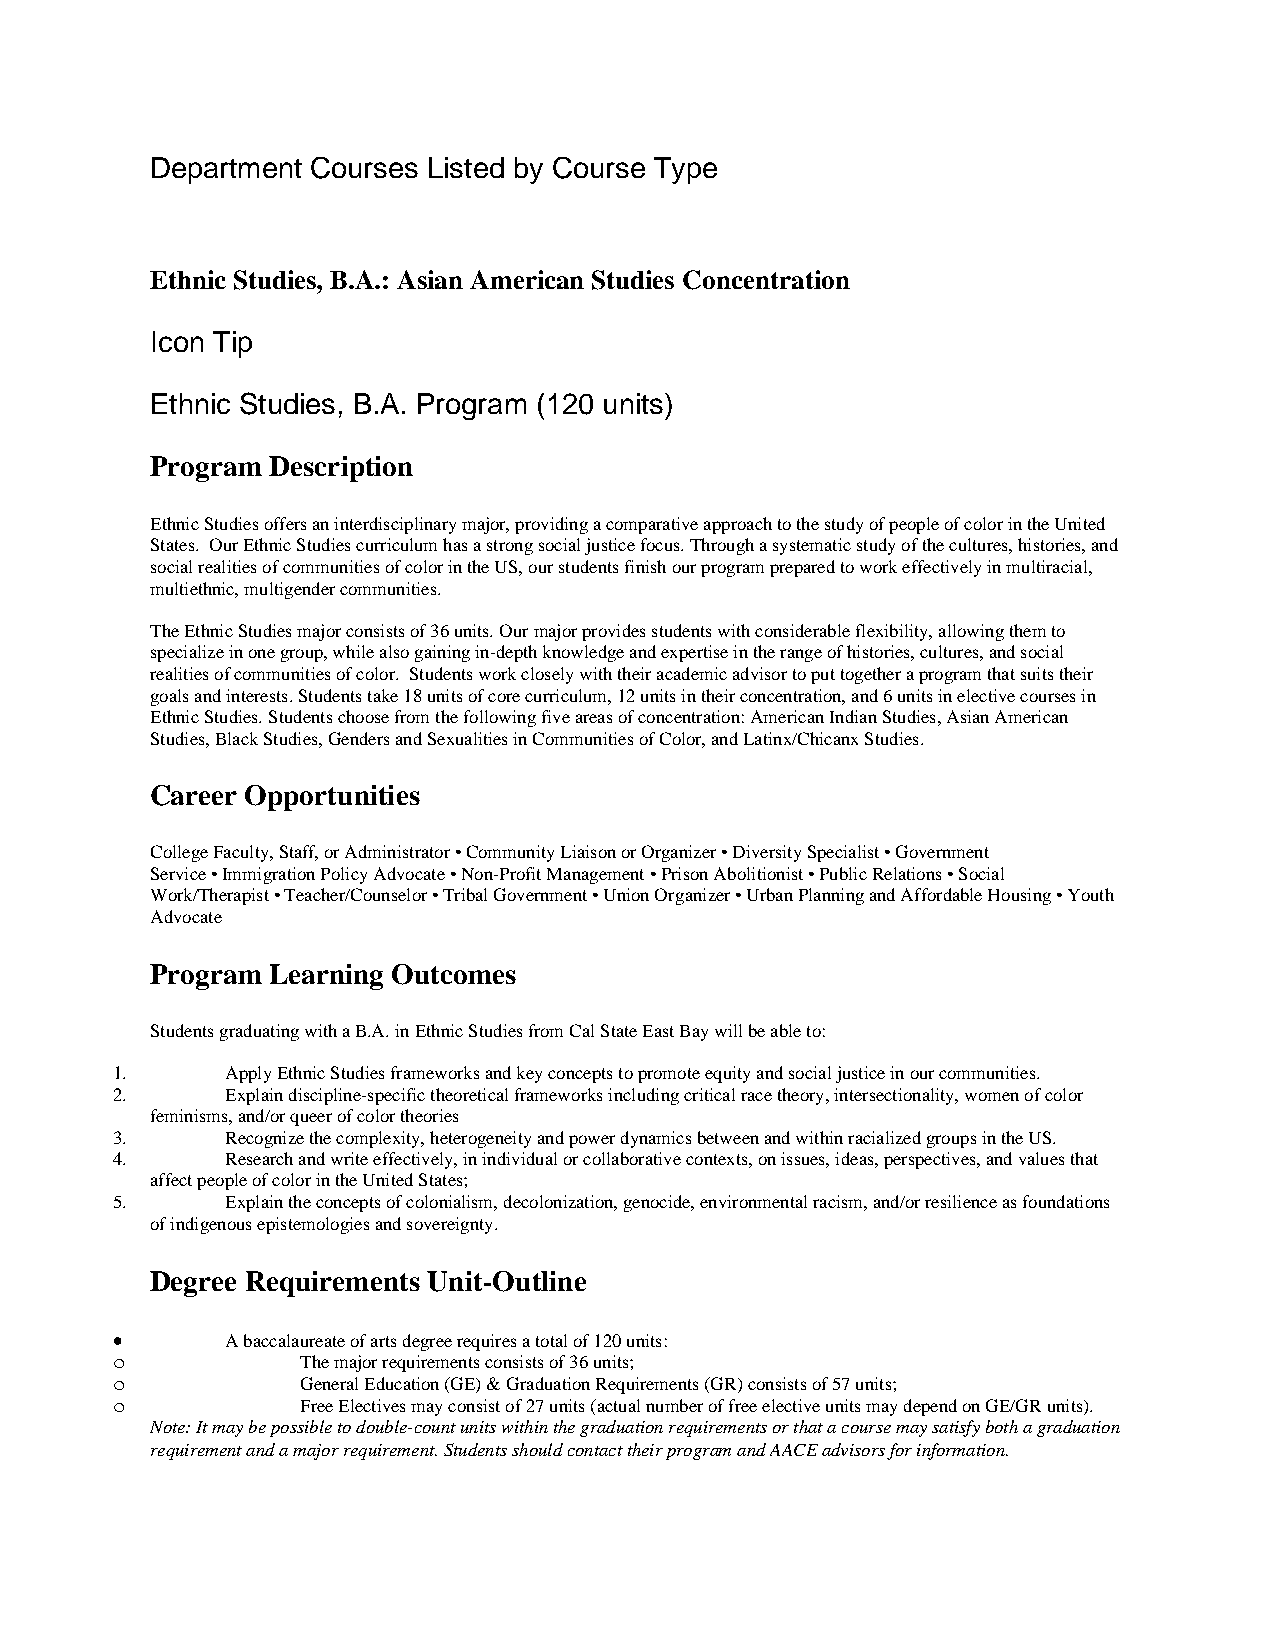
Department Courses Listed by Course Type
 Ethnic Studies, B.A.: Asian American Studies Concentration
 Icon Tip
 Ethnic Studies, B.A. Program (120 units)
 Program Description
 Ethnic Studies offers an interdisciplinary major, providing a comparative approach to the study of people of color in the United
 States. Our Ethnic Studies curriculum has a strong social justice focus. Through a systematic study of the cultures, histories, and
 social realities of communities of color in the US, our students finish our program prepared to work effectively in multiracial,
 multiethnic, multigender communities.
 The Ethnic Studies major consists of 36 units. Our major provides students with considerable flexibility, allowing them to
 specialize in one group, while also gaining in-depth knowledge and expertise in the range of histories, cultures, and social
 realities of communities of color. Students work closely with their academic advisor to put together a program that suits their
 goals and interests. Students take 18 units of core curriculum, 12 units in their concentration, and 6 units in elective courses in
 Ethnic Studies. Students choose from the following five areas of concentration: American Indian Studies, Asian American
 Studies, Black Studies, Genders and Sexualities in Communities of Color, and Latinx/Chicanx Studies.
 Career Opportunities
 College Faculty, Staff, or Administrator • Community Liaison or Organizer • Diversity Specialist • Government
 Service • Immigration Policy Advocate • Non-Profit Management • Prison Abolitionist • Public Relations • Social
 Work/Therapist • Teacher/Counselor • Tribal Government • Union Organizer • Urban Planning and Affordable Housing • Youth
 Advocate
 Program Learning Outcomes
 Students graduating with a B.A. in Ethnic Studies from Cal State East Bay will be able to:
 1.      Apply Ethnic Studies frameworks and key concepts to promote equity and social justice in our communities.
 2.      Explain discipline-specific theoretical frameworks including critical race theory, intersectionality, women of color
 feminisms, and/or queer of color theories
 3.      Recognize the complexity, heterogeneity and power dynamics between and within racialized groups in the US.
 4.      Research and write effectively, in individual or collaborative contexts, on issues, ideas, perspectives, and values that
 affect people of color in the United States;
 5.      Explain the concepts of colonialism, decolonization, genocide, environmental racism, and/or resilience as foundations
 of indigenous epistemologies and sovereignty.
 Degree Requirements Unit-Outline
 •       A baccalaureate of arts degree requires a total of 120 units:
 o            The major requirements consists of 36 units;
 o            General Education (GE) & Graduation Requirements (GR) consists of 57 units;
 o            Free Electives may consist of 27 units (actual number of free elective units may depend on GE/GR units).
 Note: It may be possible to double-count units within the graduation requirements or that a course may satisfy both a graduation
 requirement and a major requirement. Students should contact their program and AACE advisors for information.